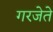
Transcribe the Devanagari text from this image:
गरजेते